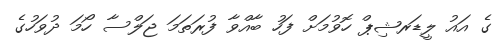
ގެ އައު ލީޑަރޝިޕް ހޮވުމަށް ފަހު ބާއްވާ ފުރަތަމަ ޖަލްސާ ހޯމަ ދުވަހުގެ